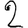
Digit: 2